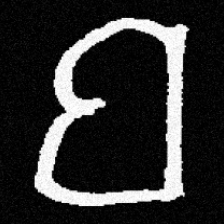
Pyu character \u2014 Myanmar letter: ဗ (romanized: ba)